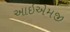
આઇએમજી